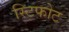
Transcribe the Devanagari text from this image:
स्टिफोट